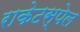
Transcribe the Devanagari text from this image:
राकेटस्पेल